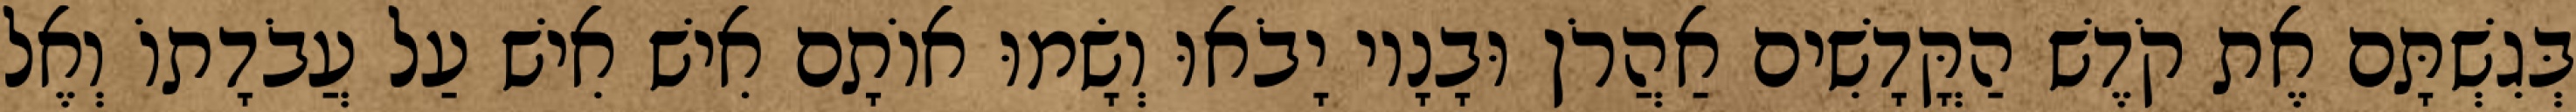
בְּגִשְׁתָּם אֶת קֹדֶשׁ הַקֳּדָשִׁים אַהֲרֹן וּבָנָיו יָבֹאוּ וְשָׂמוּ אוֹתָם אִישׁ אִישׁ עַל עֲבֹדָתוֹ וְאֶל